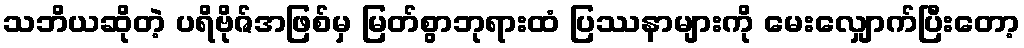
သဘိယဆိုတဲ့ ပရိဗိုဇ်အဖြစ်မှ မြတ်စွာဘုရားထံ ပြဿနာများကို မေးလျှောက်ပြီးတော့